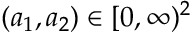
( a _ { 1 } , a _ { 2 } ) \in [ 0 , \infty ) ^ { 2 }